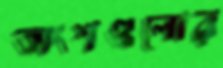
অংশগুলোর